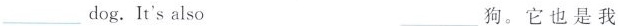
___dog.It's also ___狗.它也是我